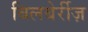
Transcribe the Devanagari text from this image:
बिलबेर्रीज़